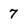
Character: 7